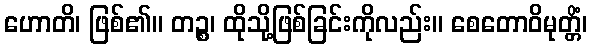
ဟောတိ၊ ဖြစ်၏။ တဉ္စ၊ ထိုသို့ဖြစ်ခြင်းကိုလည်း။ စေတောဝိမုတ္တိံ၊